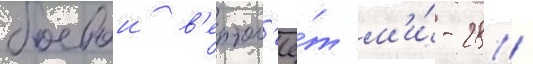
боевои в'ертол'ё́т м'и́-28 /